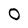
Character: 0